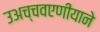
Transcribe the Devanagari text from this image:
उअच्चवएणीयाने